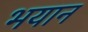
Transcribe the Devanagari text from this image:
भयान